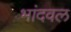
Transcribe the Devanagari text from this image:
भांदवल